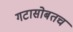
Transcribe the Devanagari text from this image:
गटासोबतच